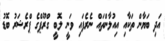
އަދި ބަޔާން ތަކާއި އިއުލާންތައް ނެރެފައި ވަނީ ލޮބީ ގްރޫޕްގެ ޕްރެޝަރު ބޮޑު